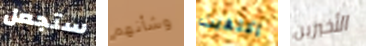
ستجعل وشأنهم إكتفيت الأخيرين